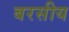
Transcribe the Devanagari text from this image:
बरसीय